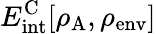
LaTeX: E_{\mathrm{int}}^{\mathrm{C}}[\rho_{\mathrm{A}},\rho_{\mathrm{env}}]